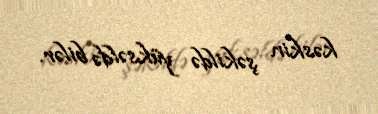
kəskin şəkildə yüksəldə bilər.